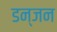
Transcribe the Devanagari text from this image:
डन्जन